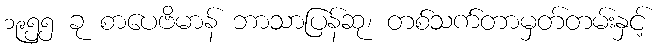
၁၉၅၅ ခု စာပေဗိမာန် ဘာသာပြန်ဆု၊ တစ်သက်တာမှတ်တမ်းနှင့်